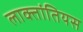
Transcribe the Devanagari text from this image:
लाक्तांतियस